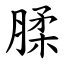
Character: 腬